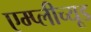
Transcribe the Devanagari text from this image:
एम्प्लीच्यूड